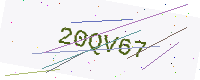
Text: 20QV67